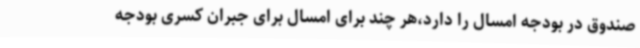
صندوق در بودجه امسال را دارد،هر چند برای امسال برای جبران کسری بودجه